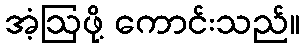
အံ့ဩဖို့ ကောင်းသည်။